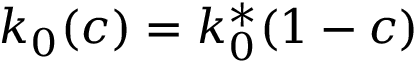
k _ { 0 } ( c ) = k _ { 0 } ^ { * } ( 1 - c )